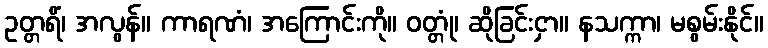
ဥတ္တရိံ၊ အလွန်။ ကာရဏံ၊ အကြောင်းကို။ ဝတ္တုံ၊ ဆိုခြင်းငှာ။ နသက္ကာ၊ မစွမ်းနိုင်။